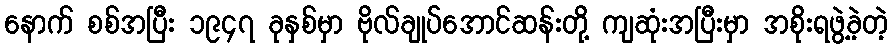
နောက် စစ်အပြီး ၁၉၄၇ ခုနှစ်မှာ ဗိုလ်ချုပ်အောင်ဆန်းတို့ ကျဆုံးအပြီးမှာ အစိုးရဖွဲ့ခဲ့တဲ့